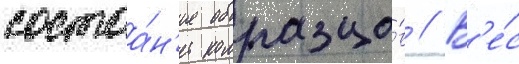
состоа́н'ие образцо́в // В'е́с